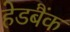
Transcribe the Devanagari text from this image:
हेडबैंक